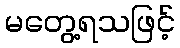
မတွေ့ရသဖြင့်